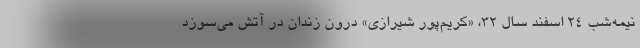
نیمه‌شب ۲۴ اسفند سال ۳۲، «کریم‌پور شیرازی» درون زندان در آتش می‌سوزد